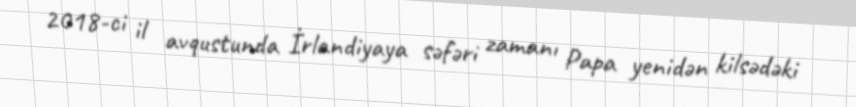
2018-ci il avqustunda İrlandiyaya səfəri zamanı Papa yenidən kilsədəki